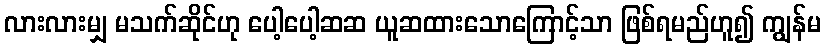
လားလားမျှ မသက်ဆိုင်ဟု ပေါ့ပေါ့ဆဆ ယူဆထားသောကြောင့်သာ ဖြစ်ရမည်ဟူ၍ ကျွန်မ